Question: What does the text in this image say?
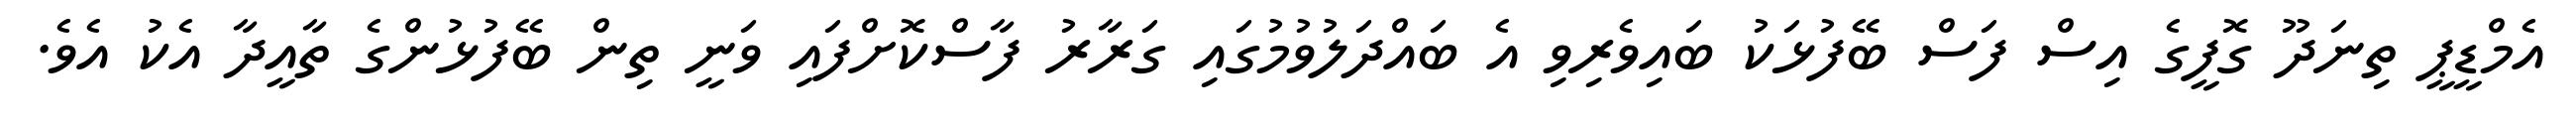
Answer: އެމްޑީޕީ ތިނަދޫ ގޮފީގެ އިސް ފަސް ބޭފުޅަކު ބައިވެރިވި އެ ބައްދަލުވުމުގައި ގަރާރު ފާސްކޮށްފައި ވަނީ ތިން ބޭފުޅުންގެ ތާއީދާ އެކު އެވެ.